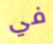
في